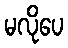
မလိုပေ